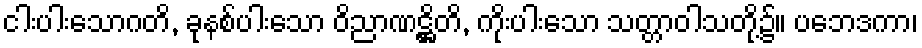
ငါးပါးသောဂတိ, ခုနစ်ပါးသော ဝိညာဏဋ္ဌိတိ, ကိုးပါးသော သတ္တာဝါသတို့၌။ ပဘေဒကာ၊